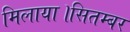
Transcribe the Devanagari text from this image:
मिलाया।सितम्बर